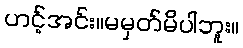
ဟင့်အင်း။မမှတ်မိပါဘူး။